Vaccination in Bombay 1924-1928 - 1924-1928
Year: 1924
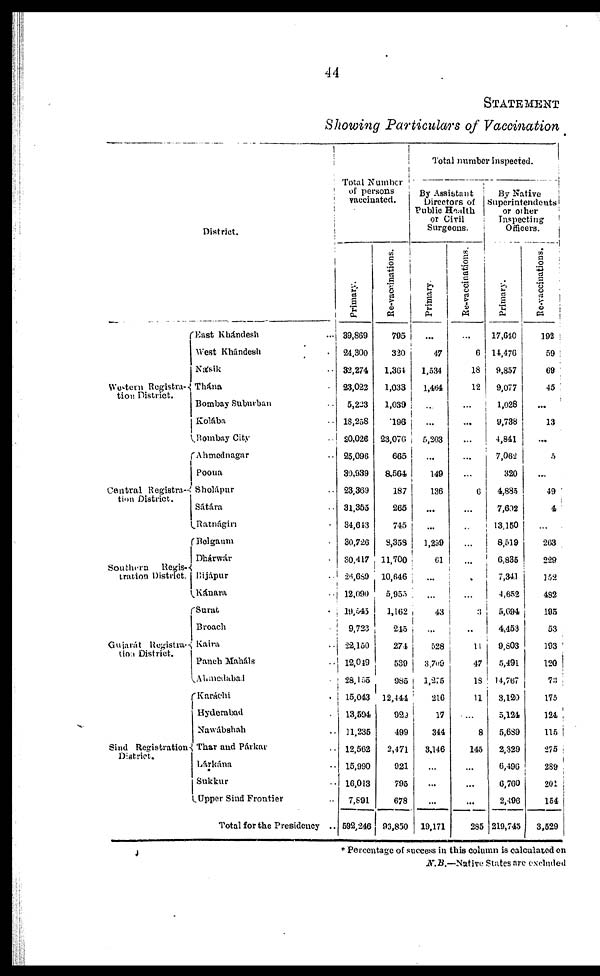
44
STATEMENT
Showing Particulars of Vaccination
District.
Western Registra¬
tion District.
Central Registra¬
tion District.
Southern
Regis-
tration District.
Gujarát Regista¬
tion District.
Sind Registration
District.
East Khándesh ...
West Khándesh ...
Násik ...
Thána ...
Bombay Suburban ...
Kolába ...
Bombay City ...
Ahmednagar ...
Poona ...
Sholápur ...
Sátára ...
Ratnágiri ...
Belgaum ...
Dhárwár ...
Bijápur ...
Kánara ...
Surat ...
Broach ...
Kaira ...
Panch Maháls ...
Ahmedabad ...
Karáchi ...
Hyderabad ...
Nawábshah ...
Thar and Párkar ...
Lárkána ...
Sukkur ...
Upper Sind Frontier ...
Total for the Presidency ..
Total Number
of persons
vaccinated.
Primary.
39,869
24,300
32,274
23,022
5,223
18,258
20,026
25,096
30,939
23,369
31,355
34,643
30,726
30,417
26,689
12,090
19,545
9,723
22,150
12,049
28,155
15,043
13,594
11,235
12,562
15,990
16,013
7,891
592,246
Re-vaccinations.
795
320
1,364
1,033
1,039
196
23,076
665
8,564
187
265
745
8,358
11,700
10,646
5,955
1,162
245
274
539
985
12,444
929
499
2,471
921
795
678
93,850
Total number inspected.
By Assistant
Directors of
Public Health
or Civil
Surgeons.
Primary.
...
47
1,534
1,464
...
...
5,203
...
149
136
...
...
1,299
61
...
...
43
...
528
3,709
1,275
216
17
344
3,146
...
...
...
19,171
Re-vaccinations.
...
6
18
12
...
...
...
...
...
6
...
...
...
...
...
...
3
...
11
47
18
11
...
8
145
...
...
...
285
By Native
Superintendents
or other
Inspecting
Officers.
Primary.
17,640
14,476
9,857
9,077
1,028
9,738
4,841
7,062
320
4,885
7,602
13,150
8,519
6,835
7,341
4,652
5,694
4,453
9,803
5,491
14,767
3,120
5,124
5,689
2,329
6,496
6,760
2,496
219,745
Re-vaccinations.
192
59
69
45
...
13
...
5
...
49
4
...
263
229
152
482
195
53
193
120
73
175
124
115
275
289
201
154
3,529
* Percentage of success in this column is calculated on
N.B.—Native
States are excluded